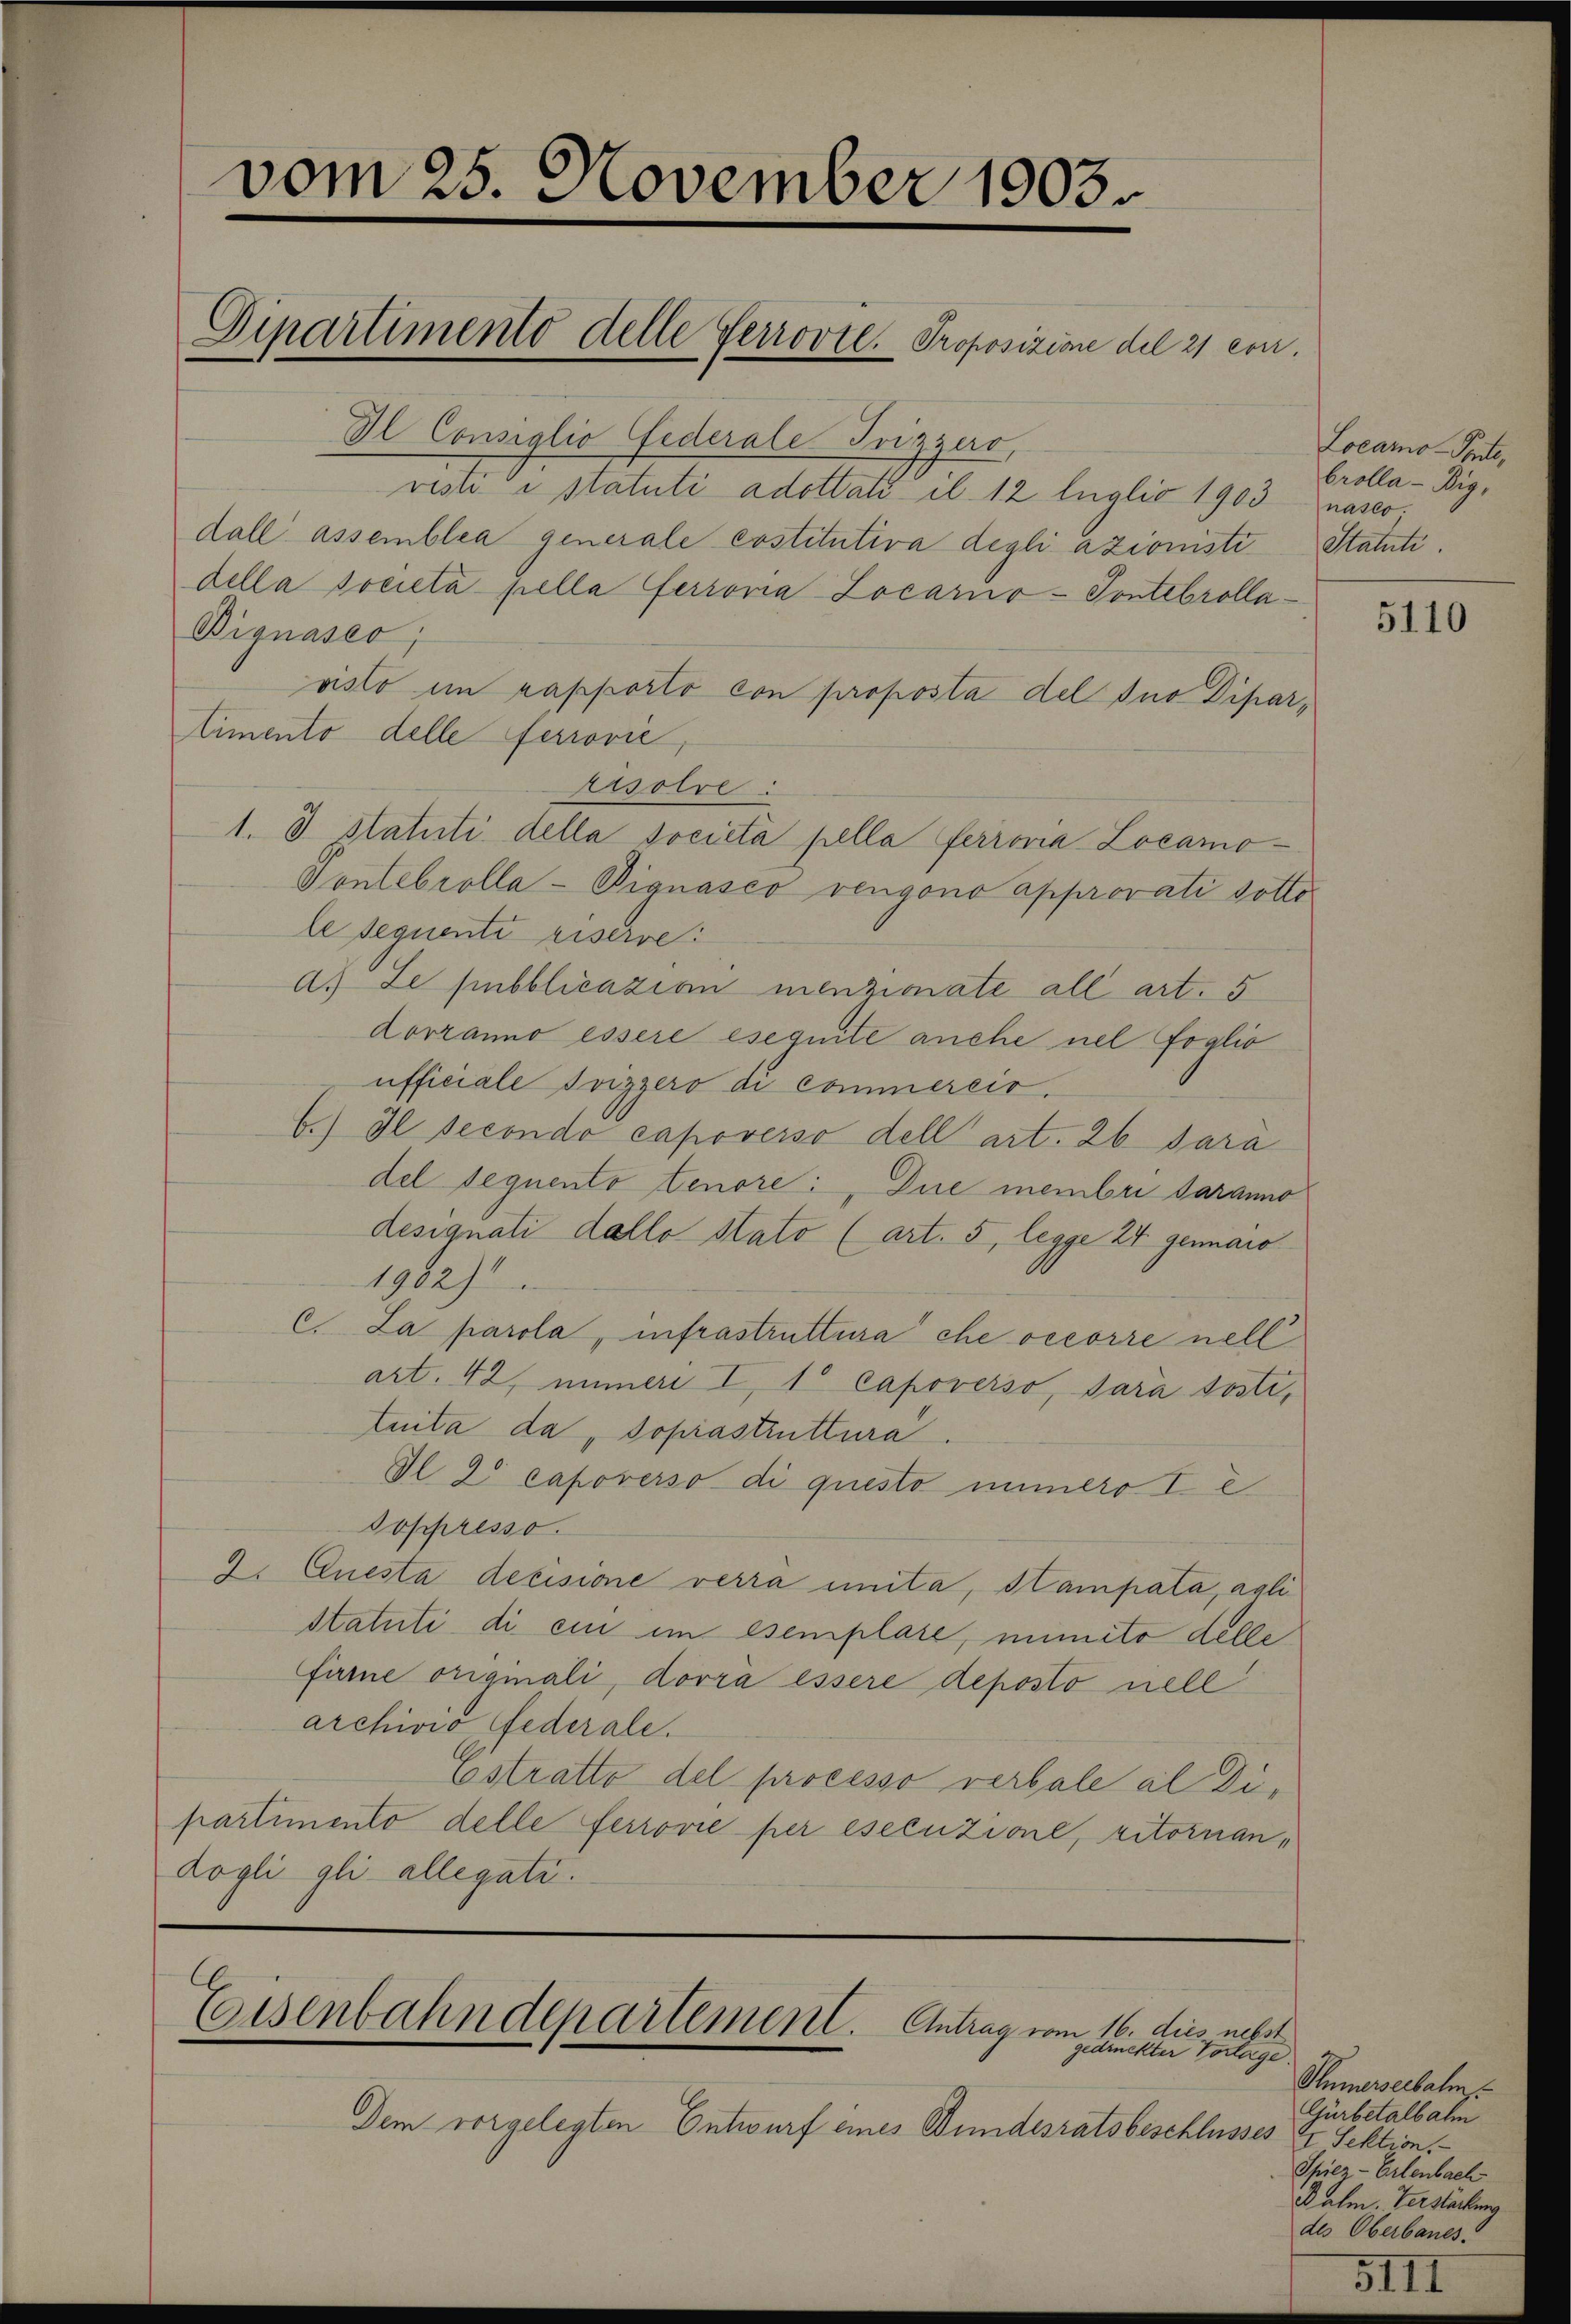
vom 25. November 1903.

Il Consiglio Federale Trizzero,
risti i statuti adottato il 12 luglio 1903 nasco,
dall’ assemblea generale costitutiva degli azioniste Statute.
della società pella ferroria Locario - Pontebrolla¬
Dignasco,
visto im rapporto con proposta del suo Dipartimento delle ferrović
risolre:
1. d. Statuti della società pella ferrovia Locamo¬
Sontebrolla-Pignasco vengono approvati sottole sequente riserre
a. Le pubblicazion menzionate all art. 5
dovranno essere eseguite auche nel foglio
ufficiale Svizzero di commereis.
b.) Il secondo capoverso dell’ art. 26 dara
del Sequento tenore: Die membri daranno
designati dallo Stato (art. 5, legge 24 genaro
1982)
C. La parola, infrastruttura che oecorre nell
art. 42, immer I 1 Capoverso, sarà sosti,
tuita da, soprastruttura
Vl. 2 capoverso di questo immero I e
Joppresso
2. Questa decisione verra unita, Stampata, agli
Statuti di ein im Esemplare, mimito delle
fürne originali, dovra essere deposto nell
archivio Federale.
Eistratto del processo verbale al Dipartimento delle ferrorie per esecuzione, ritornan¬
Kogli gli allegati.

C

Dipartimento delle Perrovte. Proposizione del 21 con

Coisenbahndepartement. Antrag vom 16. dies nebst
gedruckter Vorlage.

Locarno - Ponte,
brolla-Big,

Dem vorgelegten Entwurf eines Bundesratsbeschlusses & Sektion.

5110

Phümerserbalm
Gürbetalbalm
Spiez-Erlenbach
Balm. Verstärkung
des Oberbanes.